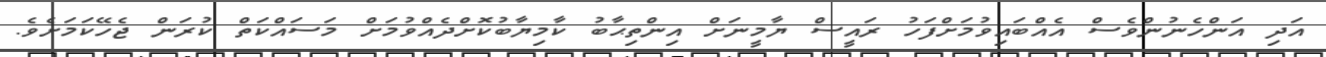
އަދި އަންހެނުންވެސް އެއްބައިވުމަށްފަހު ރައީސް ޔާމީނަށް އިންތިޙާބު ކާމިޔާބުކޮށްދެއްވުމަށް މަސައްކަތް ކުރަން ޖެހޭކަމަށެވެ.